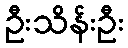
ဦးသိန်းဦး